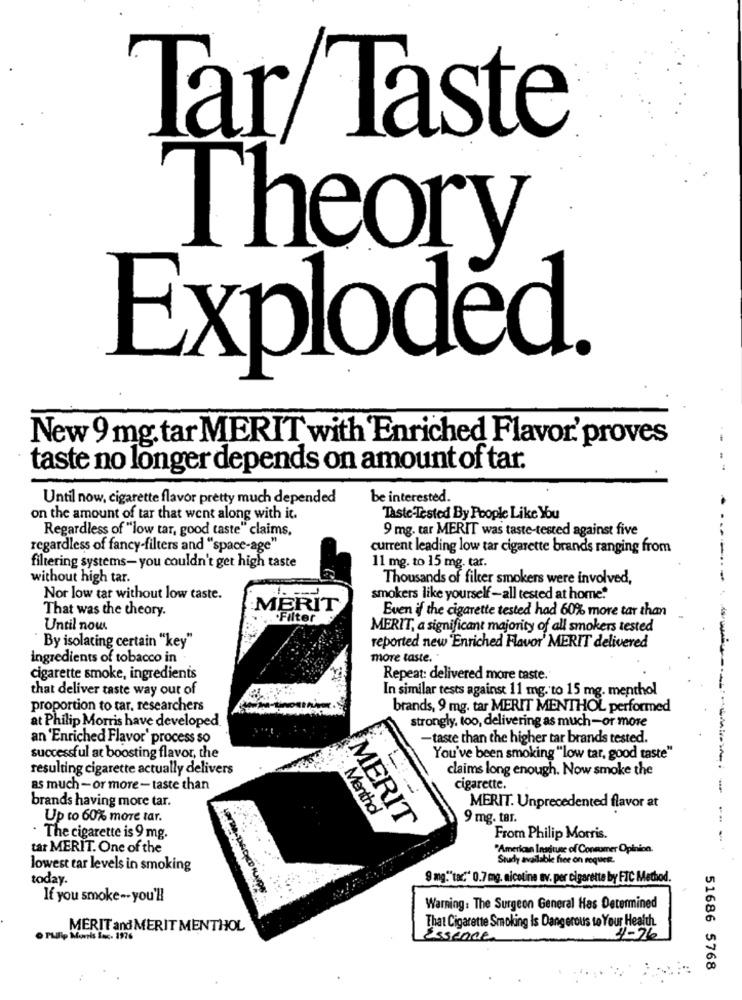
Tar Taste
Theory
Exploded.
New 9 mg. tar MERIT with Enriched Flavor' proves
taste no longer depends on amount of tar.
Until now, cigarette flavor pretty much depended
be interested.
on the amount of tar that went along with it.
Taste-Tested By People Like You
Regardless of "low tar, good taste" claims,
9 mg. tar MERIT was taste-tested against five
regardless of fancy-filters and "space-age"
current leading low tar cigarette brands ranging from
filtering systems- you couldn't get high taste
11 mg. to 15 mg. tar.
without high tar.
Thousands of filter smokers were involved,
Nor low tar without low taste.
smokers like yourself-all tested at home."
That was the theory.
MERIT
Even if the cigarette tested had 60% more tar than
.Filter
Until now
MERIT, a significant majority of all smokers tested
"By isolating certain "key"
reported new Enriched Flavor' MERIT delivered
ingredients of tobacco in
more taste.
cigarette smoke, ingredients
Repeat: delivered more taste.
that deliver taste way out of
In similar tests against 11 mg. to 15 mg. menthol
proportion to tar, researchers
brands, 9 mg. tar MERIT MENTHOL performed
at Philip Morris have developed.
strongly, too, delivering as much-or more
an 'Enriched Flavor' process so
- taste than the higher tar brands tested.
successful at boosting flavor, the
You've been smoking "low tar, good taste"
resulting cigarette actually delivers
claims long enough. Now smoke the
as much - or more - taste than
cigarette.
brands having more tar.
MERIT. Unprecedented flavor at
Up to 60% more tar.
Menthol
9 mg. tar.
..
MERIT
. The cigarette is 9 mg.
From Philip Morris.
tat MERIT. One of the
"American Inadtune of Consumer Opinion.
Study available free on request.
lowest tar levels in smoking
today.
9 mg."tar." 0.7 mg. nicotine av. per cigarette by FTC Method.
If you smoke -- you'll
Warning: The Surgeon General Has Determined
That Cigarette Smoking Is Dangerous to Your Health
MERIT and MERIT MENTHOL
. Philip Morris Inc. 1976
Essence
4-26
51686 5768